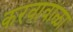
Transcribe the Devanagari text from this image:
करवावाळा